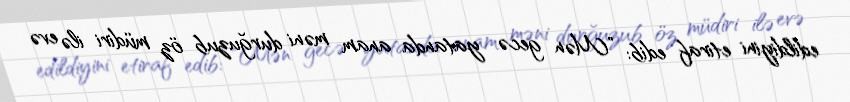
edildiyini etiraf edib: "Mən gecə yatanda anam məni durğuzub öz müdiri ilə evə